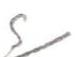
?